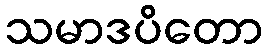
သမာဒပိတော